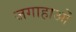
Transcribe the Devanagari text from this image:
जगाहाओं